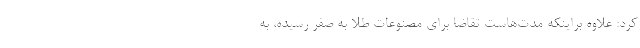
کرد: علاوه براینکه مدت‌هاست تقاضا برای مصنوعات طلا به صفر رسیده، به